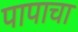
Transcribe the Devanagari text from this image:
पापाचा